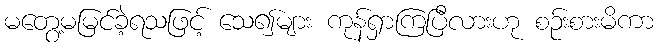
မတွေ့မမြင်ခဲ့ရသဖြင့် သေ၍များ ကုန်ရှာကြပြီလားဟု စဉ်းစားမိကာ